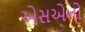
એસએનો